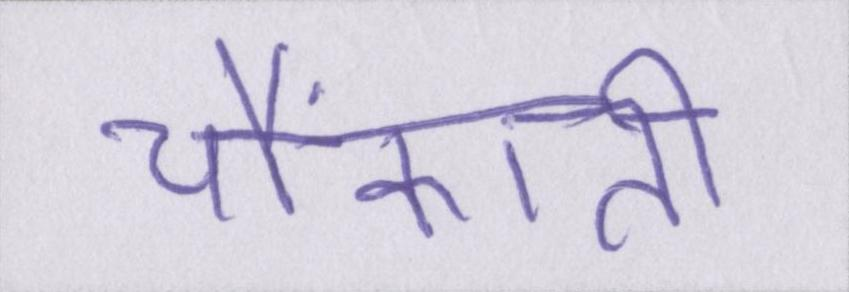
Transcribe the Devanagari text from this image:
चौंकाती